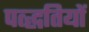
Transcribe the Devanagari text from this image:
पत्द्धतियों